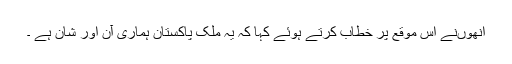
انھوںنے اس موقع پر خطاب کرتے ہوئے کہا کہ یہ ملک پاکستان ہماری آن اور شان ہے ۔